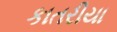
કાતરીયા